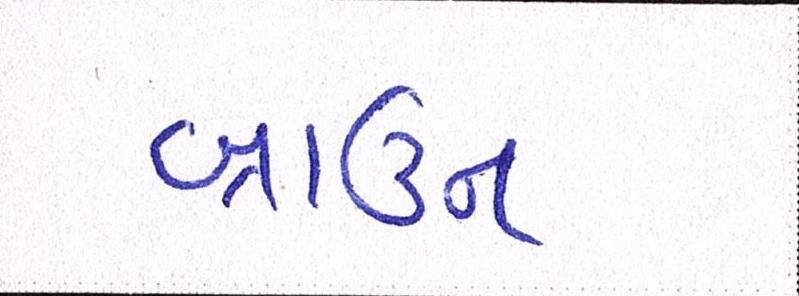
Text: બ્રાઉન